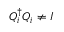
Q _ { i } ^ { \dag } Q _ { i } \ne I